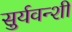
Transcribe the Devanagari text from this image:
सुर्यवन्शी